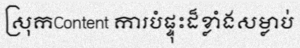
ស្រុកContent ការបំផ្ទុះដ៏ខ្លាំងសម្លាប់